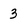
Character: 3